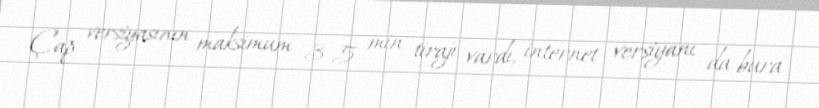
Çap versiyasının maksimum 3-5 min tirajı vardı, internet versiyanı da bura